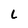
Character: l